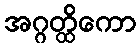
အဂ္ဂတ္ထိကော